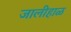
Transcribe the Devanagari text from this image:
जालीहाळ